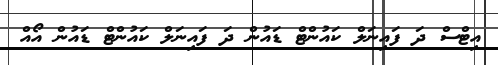
އިޓްސް ދަ ފައިނަަލް ކައުންޓް ޑައުން ދަ ފަައިނަލް ކައުންޓް ޑައުން އޯއް